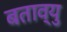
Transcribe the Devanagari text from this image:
बताव्यु